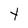
Character: t